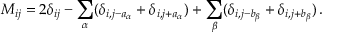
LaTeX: M _ { i j } = 2 \delta _ { i j } - \sum _ { \alpha } ( \delta _ { i , j - a _ { \alpha } } + \delta _ { i , j + a _ { \alpha } } ) + \sum _ { \beta } ( \delta _ { i , j - b _ { \beta } } + \delta _ { i , j + b _ { \beta } } ) \, .